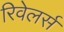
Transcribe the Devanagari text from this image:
रिवेलर्स